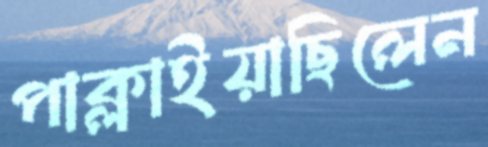
পাক্‌লাইয়াছিলেন